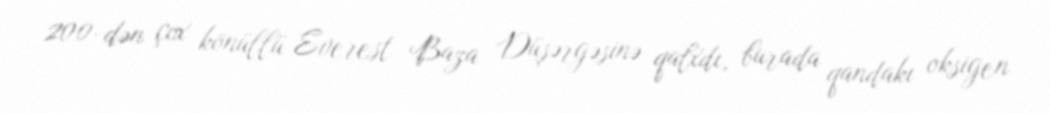
200-dən çox könüllü Everest Baza Düşərgəsinə qalxdı, burada qandakı oksigen